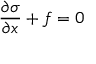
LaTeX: { \frac { \partial \sigma } { \partial x } } + f = 0